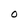
Character: O